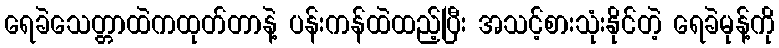
ရေခဲသေတ္တာထဲကထုတ်တာနဲ့ ပန်းကန်ထဲထည့်ပြီး အသင့်စားသုံးနိုင်တဲ့ ရေခဲမုန့်ကို